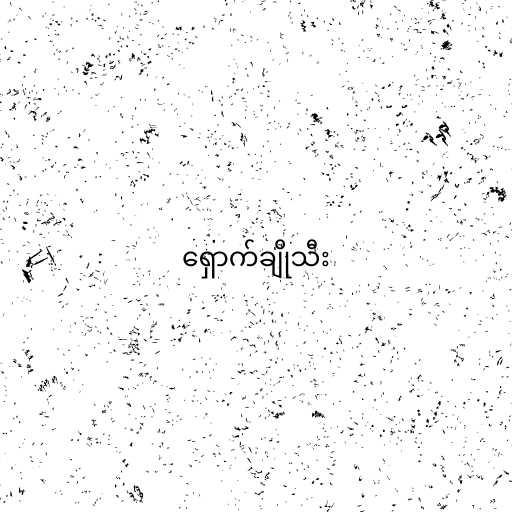
ရှောက်ချိုသီး